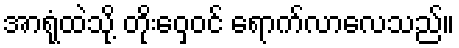
အာရုံထဲသို့ တိုးဝှေ့ဝင် ရောက်လာလေသည်။